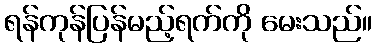
ရန်ကုန်ပြန်မည့်ရက်ကို မေးသည်။